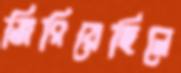
জিরিয়েছিলে